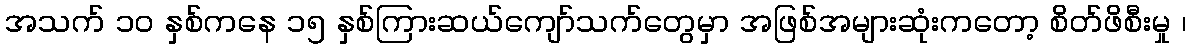
အသက် ၁၀ နှစ်ကနေ ၁၅ နှစ်ကြားဆယ်ကျော်သက်တွေမှာ အဖြစ်အများဆုံးကတော့ စိတ်ဖိစီးမှု ၊